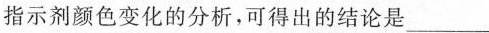
指示剂颜色变化的分析，可得出的结论是___